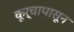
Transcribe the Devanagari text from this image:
कूर्चापासून